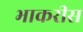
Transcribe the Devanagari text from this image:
भाकरीस